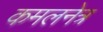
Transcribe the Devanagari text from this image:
कमलनेत्र